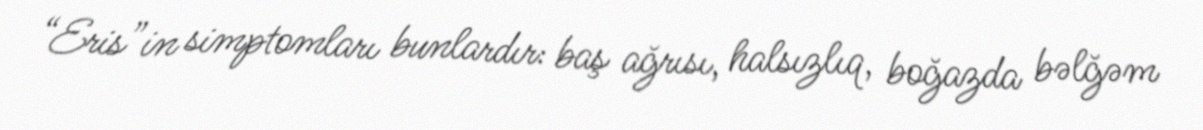
“Eris”in simptomları bunlardır: baş ağrısı, halsızlıq, boğazda bəlğəm